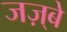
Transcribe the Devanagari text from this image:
जज़्बे